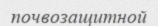
почвозащитной